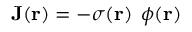
\mathbf { J } ( \mathbf { r } ) = - \sigma ( \mathbf { r } ) \, \mathbf { \nabla } \phi ( \mathbf { r } )